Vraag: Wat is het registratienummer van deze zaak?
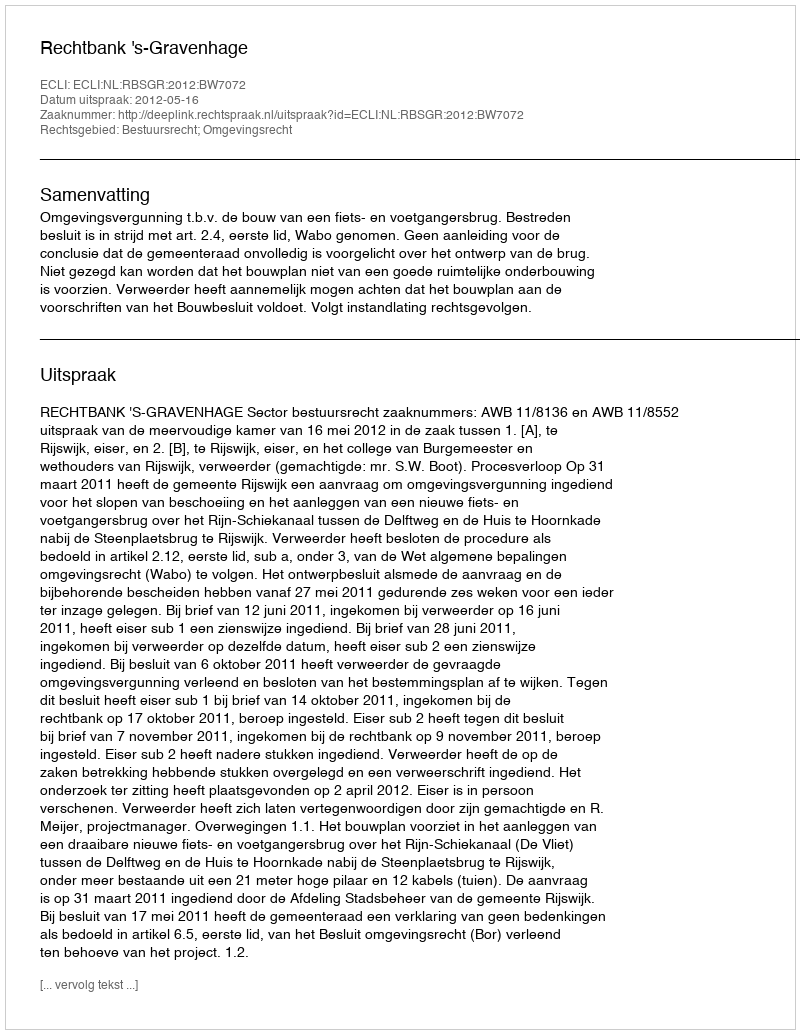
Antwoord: http://deeplink.rechtspraak.nl/uitspraak?id=ECLI:NL:RBSGR:2012:BW7072